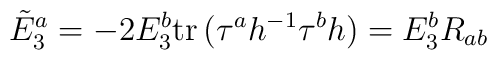
\tilde{E}_3^a=-2E_3^b\mathrm{tr}\,(\tau^a h^{-1}\tau^b h)=E_3^bR_{ab}\,